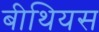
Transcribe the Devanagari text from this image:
बीथियस